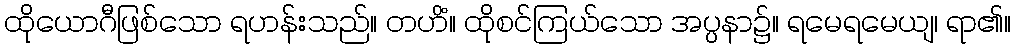
ထိုယောဂီဖြစ်သော ရဟန်းသည်။ တဟိံ။ ထိုစင်ကြယ်သော အပ္ပနာ၌။ ရမေရမေယျ၊ ရာ၏။